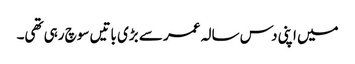
میں اپنی دس سالہ عمر سے بڑی باتیں سوچ رہی تھی۔